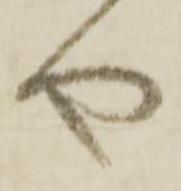
や